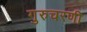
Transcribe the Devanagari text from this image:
गुरुचरणी